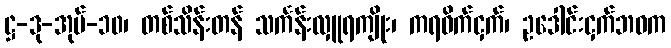
ဋ္ဌ-ဒု-အုပ်-၁၀၊ တစ်သိန်းတန် သင်္ကန်းလှူရကျိုး၊ ကရဝိက်ငှက်၊ ဥဒေါင်းငှက်ဘဝက